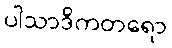
ပါသာဒိကတရော